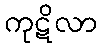
ကုဋိလာ